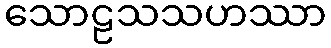
သောဠသသဟဿာ